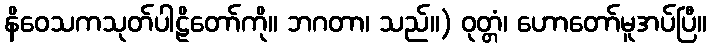
နိဝေသကသုတ်ပါဠိတော်ကို။ ဘဂတာ၊ သည်။) ဝုတ္တံ၊ ဟောတော်မူအပ်ပြီ။